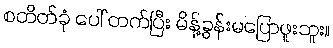
စတိတ်ခုံ ပေါ် တက်ပြီး မိန့်ခွန်းမပြောဖူးဘူး။